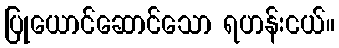
ပြုယောင်ဆောင်သော ရဟန်းငယ်။